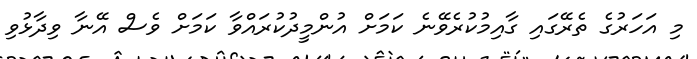
މި އަހަރުގެ ތެރޭގައި ގާއިމުކުރެވޭނެ ކަމަށް އުންމީދުކުރައްވާ ކަމަށް ވެސް އޭނާ ވިދާޅުވި